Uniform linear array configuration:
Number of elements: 8
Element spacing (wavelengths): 1
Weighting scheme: uniform
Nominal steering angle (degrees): -30
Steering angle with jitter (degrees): -29.986
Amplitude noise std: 0.05
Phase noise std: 0.05

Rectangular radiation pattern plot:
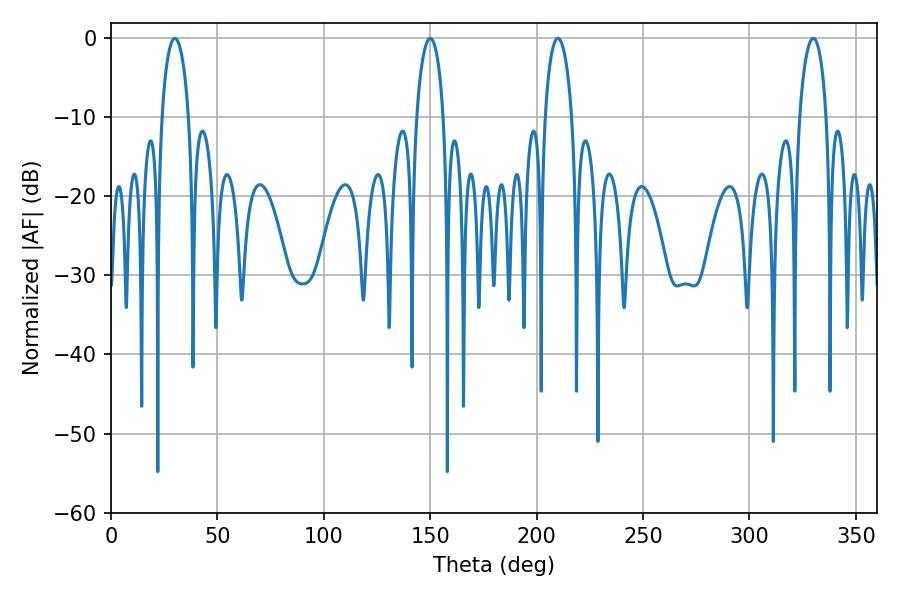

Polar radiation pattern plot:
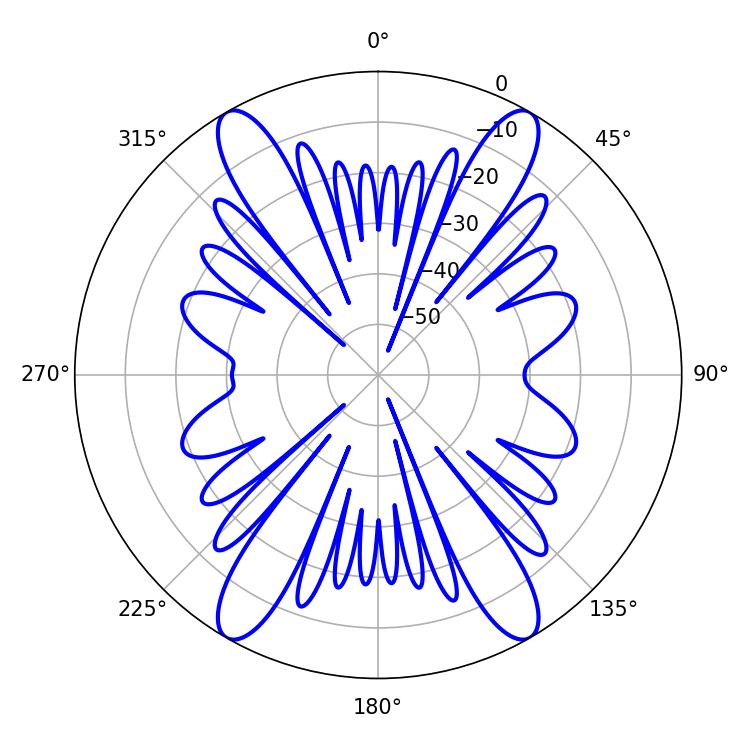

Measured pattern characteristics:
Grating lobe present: TRUE
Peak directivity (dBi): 30.058
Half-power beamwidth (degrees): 7.2
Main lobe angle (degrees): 30.06